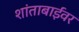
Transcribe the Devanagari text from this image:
शांताबाईंवर